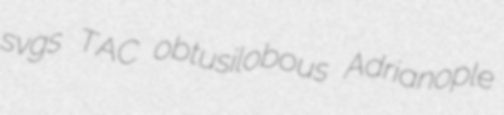
svgs TAC obtusilobous Adrianople